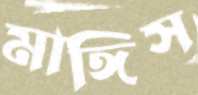
মাঙ্গিস